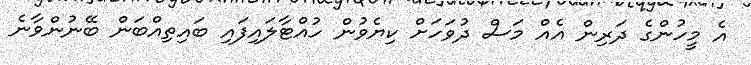
އެ މީހުންގެ ދަރިން އެއް މަސް ދުވަހަށް ކިޔެވުން ހުއްޓާލައިފައި ބައިތިއްބަން ބޭނުންވާނެ